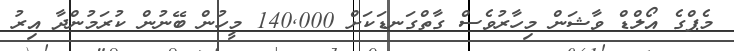
މެޕްގެ އޯލްޑް ވާޝަން މިހާރުވެސް ގާތްގަނޑަކަށް 140